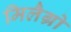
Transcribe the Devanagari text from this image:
मिलैग्रो